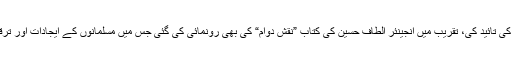
الغامدی نے روہنگیا مسلمانوں کے حوالے سے پاکستان کے موقف کی تائید کی، تقریب میں انجینئر الطاف حسین کی کتاب ”نقش دوام“ کی بھی رونمائی کی گئی جس میں مسلمانوں کے ایجادات اور ترقی میں ان کے کردار پر بھرپور طریقے سے روشنی ڈالی گئی ہے۔